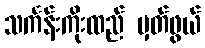
သင်္ကန်းကိုးထည် မှတ်ဖွယ်